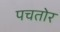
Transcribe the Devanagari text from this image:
पचतोर